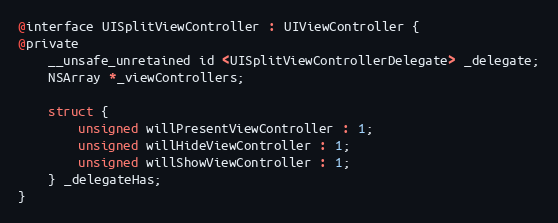
Language: C
@interface UISplitViewController : UIViewController {
@private
    __unsafe_unretained id <UISplitViewControllerDelegate> _delegate;
    NSArray *_viewControllers;

    struct {
        unsigned willPresentViewController : 1;
        unsigned willHideViewController : 1;
        unsigned willShowViewController : 1;
    } _delegateHas;
}